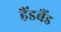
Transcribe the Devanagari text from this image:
हैंडबैंड